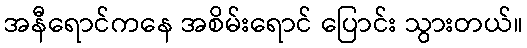
အနီရောင်ကနေ အစိမ်းရောင် ပြောင်း သွားတယ်။